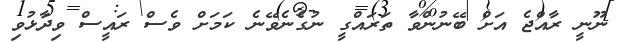
ނޫނީ ރާއްޖެ އަށް ބޭނުންވާ ތަރައްގީ ނުގެނެވޭނެ ކަމަށް ވެސް ރައީސް ވިދާޅުވި